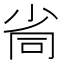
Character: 𡭸